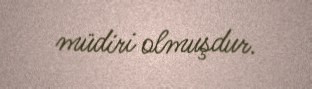
müdiri olmuşdur.